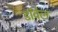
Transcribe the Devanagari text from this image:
डॉवेल